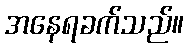
အနေရခက်သည်။